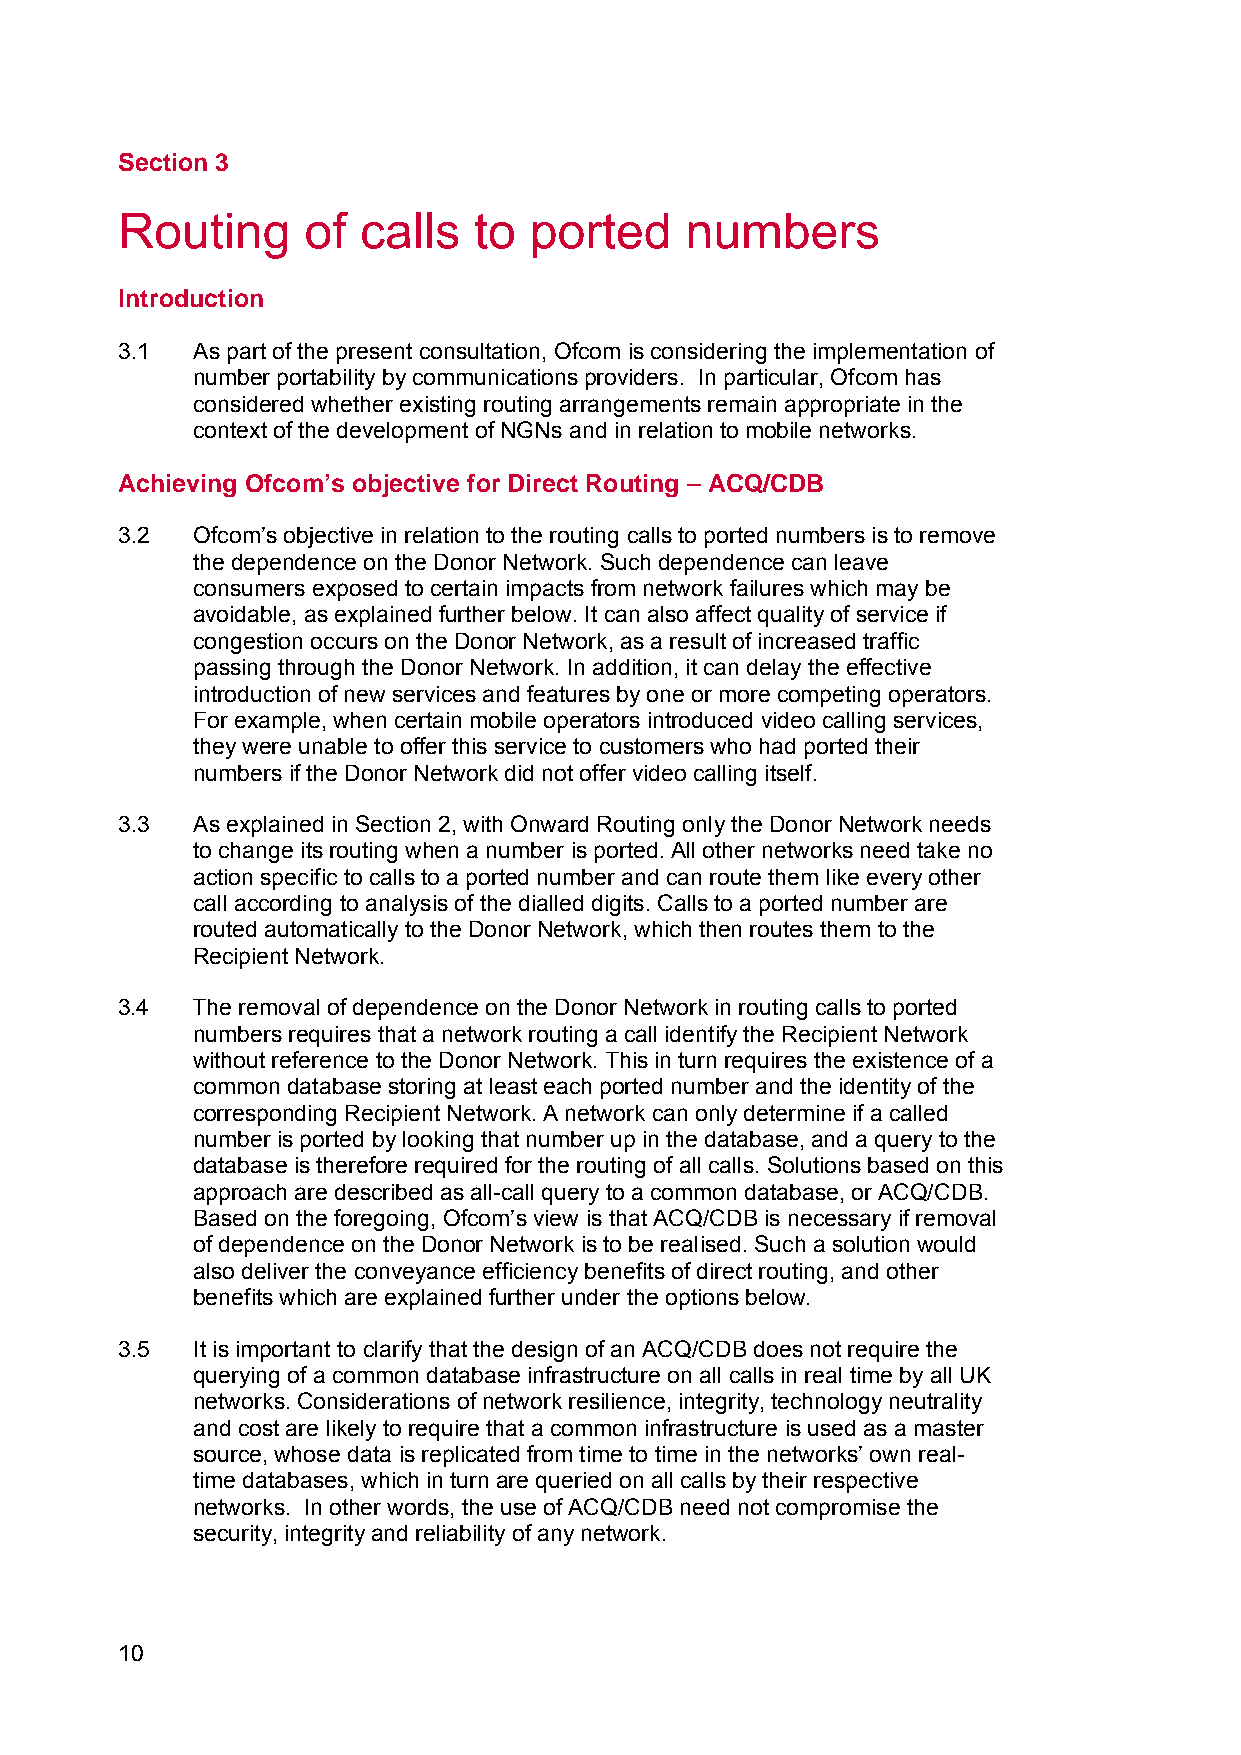
Section 3
 3    Routing     of  calls  to  ported    numbers
 Introduction
 3.1  As part of the present consultation, Ofcom is considering the implementation of
 number portability by communications providers. In particular, Ofcom has
 considered whether existing routing arrangements remain appropriate in the
 context of the development of NGNs and in relation to mobile networks.
 Achieving Ofcom’s objective for Direct Routing – ACQ/CDB
 3.2  Ofcom’s objective in relation to the routing calls to ported numbers is to remove
 the dependence on the Donor Network. Such dependence can leave
 consumers exposed to certain impacts from network failures which may be
 avoidable, as explained further below. It can also affect quality of service if
 congestion occurs on the Donor Network, as a result of increased traffic
 passing through the Donor Network. In addition, it can delay the effective
 introduction of new services and features by one or more competing operators.
 For example, when certain mobile operators introduced video calling services,
 they were unable to offer this service to customers who had ported their
 numbers if the Donor Network did not offer video calling itself.
 3.3  As explained in Section 2, with Onward Routing only the Donor Network needs
 to change its routing when a number is ported. All other networks need take no
 action specific to calls to a ported number and can route them like every other
 call according to analysis of the dialled digits. Calls to a ported number are
 routed automatically to the Donor Network, which then routes them to the
 Recipient Network.
 3.4  The removal of dependence on the Donor Network in routing calls to ported
 numbers requires that a network routing a call identify the Recipient Network
 without reference to the Donor Network. This in turn requires the existence of a
 common database storing at least each ported number and the identity of the
 corresponding Recipient Network. A network can only determine if a called
 number is ported by looking that number up in the database, and a query to the
 database is therefore required for the routing of all calls. Solutions based on this
 approach are described as all-call query to a common database, or ACQ/CDB.
 Based on the foregoing, Ofcom’s view is that ACQ/CDB is necessary if removal
 of dependence on the Donor Network is to be realised. Such a solution would
 also deliver the conveyance efficiency benefits of direct routing, and other
 benefits which are explained further under the options below.
 3.5  It is important to clarify that the design of an ACQ/CDB does not require the
 querying of a common database infrastructure on all calls in real time by all UK
 networks. Considerations of network resilience, integrity, technology neutrality
 and cost are likely to require that a common infrastructure is used as a master
 source, whose data is replicated from time to time in the networks’ own real-
 time databases, which in turn are queried on all calls by their respective
 networks. In other words, the use of ACQ/CDB need not compromise the
 security, integrity and reliability of any network.
 10